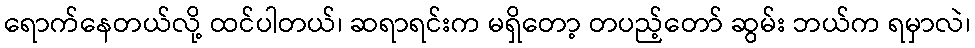
ရောက်နေတယ်လို့ ထင်ပါတယ်၊ ဆရာရင်းက မရှိတော့ တပည့်တော် ဆွမ်း ဘယ်က ရမှာလဲ၊